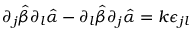
\partial _ { j } \hat { \beta } \partial _ { l } \hat { \alpha } - \partial _ { l } \hat { \beta } \partial _ { j } \hat { \alpha } = k \epsilon _ { j l }